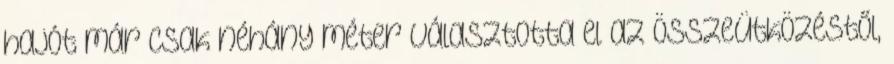
hajót már csak néhány méter választotta el az összeütközéstől,